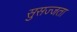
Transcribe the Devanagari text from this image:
सुसज्जता